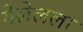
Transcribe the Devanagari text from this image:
गेलेलला